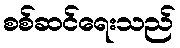
စစ်ဆင်ရေးသည်